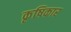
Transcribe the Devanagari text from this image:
कृषिकार